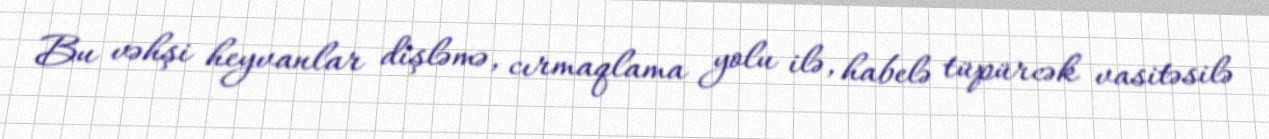
Bu vəhşi heyvanlar dişləmə, cırmaqlama yolu ilə, habelə tüpürcək vasitəsilə